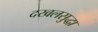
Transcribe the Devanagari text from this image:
दखलसुद्धा